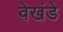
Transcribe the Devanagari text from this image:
वेखंडे